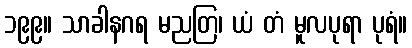
၁၉၉။ သာခါနဂရ မညတြ၊ ယံ တံ မူလပုရာ ပုရံ။